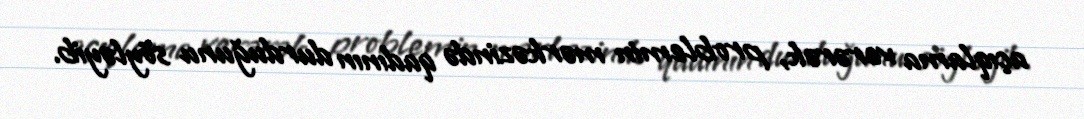
açıqlama verərək, problemin mərkəzində qadının durduğunu söyləyib.